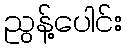
ညွန့်ပေါင်း